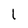
Character: l